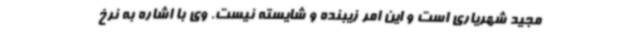
مجید شهریاری است و این امر زیبنده و شایسته نیست. وی با اشاره به نرخ